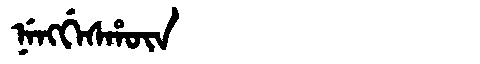
Manchu: ᠨᡝᠩᡤᡝᠰᡥᡡᠨ
Romanization: NENGGESHŪN